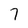
Character: 7